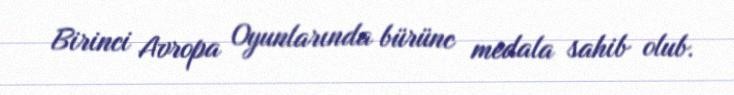
Birinci Avropa Oyunlarında bürünc medala sahib olub.